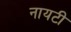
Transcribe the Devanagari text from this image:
नायटी